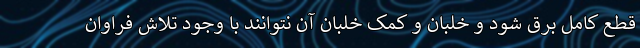
قطع کامل برق شود و خلبان و کمک خلبان آن نتوانند با وجود تلاش فراوان